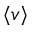
\langle v \rangle